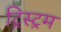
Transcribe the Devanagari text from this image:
ट्रिस्ट्रम